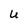
Character: U